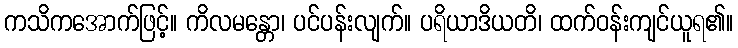
ကသိကအောက်ဖြင့်။ ကိလမန္တော၊ ပင်ပန်းလျက်။ ပရိယာဒိယတိ၊ ထက်ဝန်းကျင်ယူရ၏။